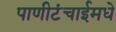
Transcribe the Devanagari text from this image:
पाणीटंचाईमधे